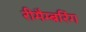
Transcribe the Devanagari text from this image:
रीमैम्बरिंग